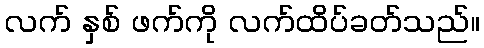
လက် နှစ် ဖက်ကို လက်ထိပ်ခတ်သည်။